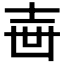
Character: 𡔥